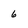
Character: 6